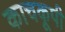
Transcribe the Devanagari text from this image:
काचकूपी